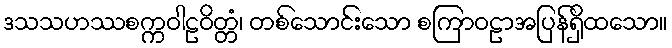
ဒသသဟဿစက္ကဝါဠဝိတ္တံ၊ တစ်သောင်းသော စကြာဝဠာအပြန်ရှိထသော။